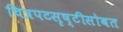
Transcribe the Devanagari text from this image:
चित्रपटसृष्टीसोबत